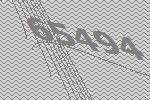
65494